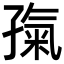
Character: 𡦎